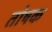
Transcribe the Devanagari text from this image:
तोषक